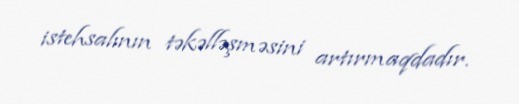
istehsalının təkəlləşməsini artırmaqdadır.